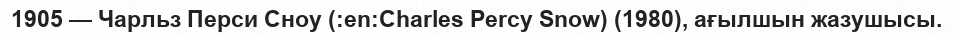
1905 — Чарльз Перси Сноу (:en:Charles Percy Snow) (1980), ағылшын жазушысы.